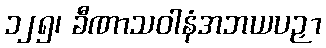
၁၂၅၊ ခီဏာသဝါနံအဘယပဉှာ